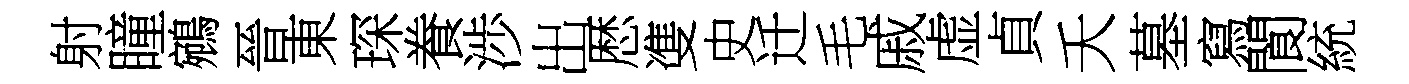
射瞳鵷晉東琛飬渉出厯㕠史迁毛戚虚貞夭墓寫閬統